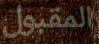
المقبول